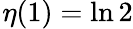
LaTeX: \! \ \eta(1)=\ln 2